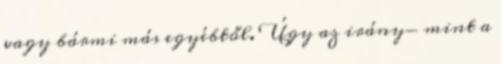
vagy bármi más egyébtől. Úgy az irány- mint a